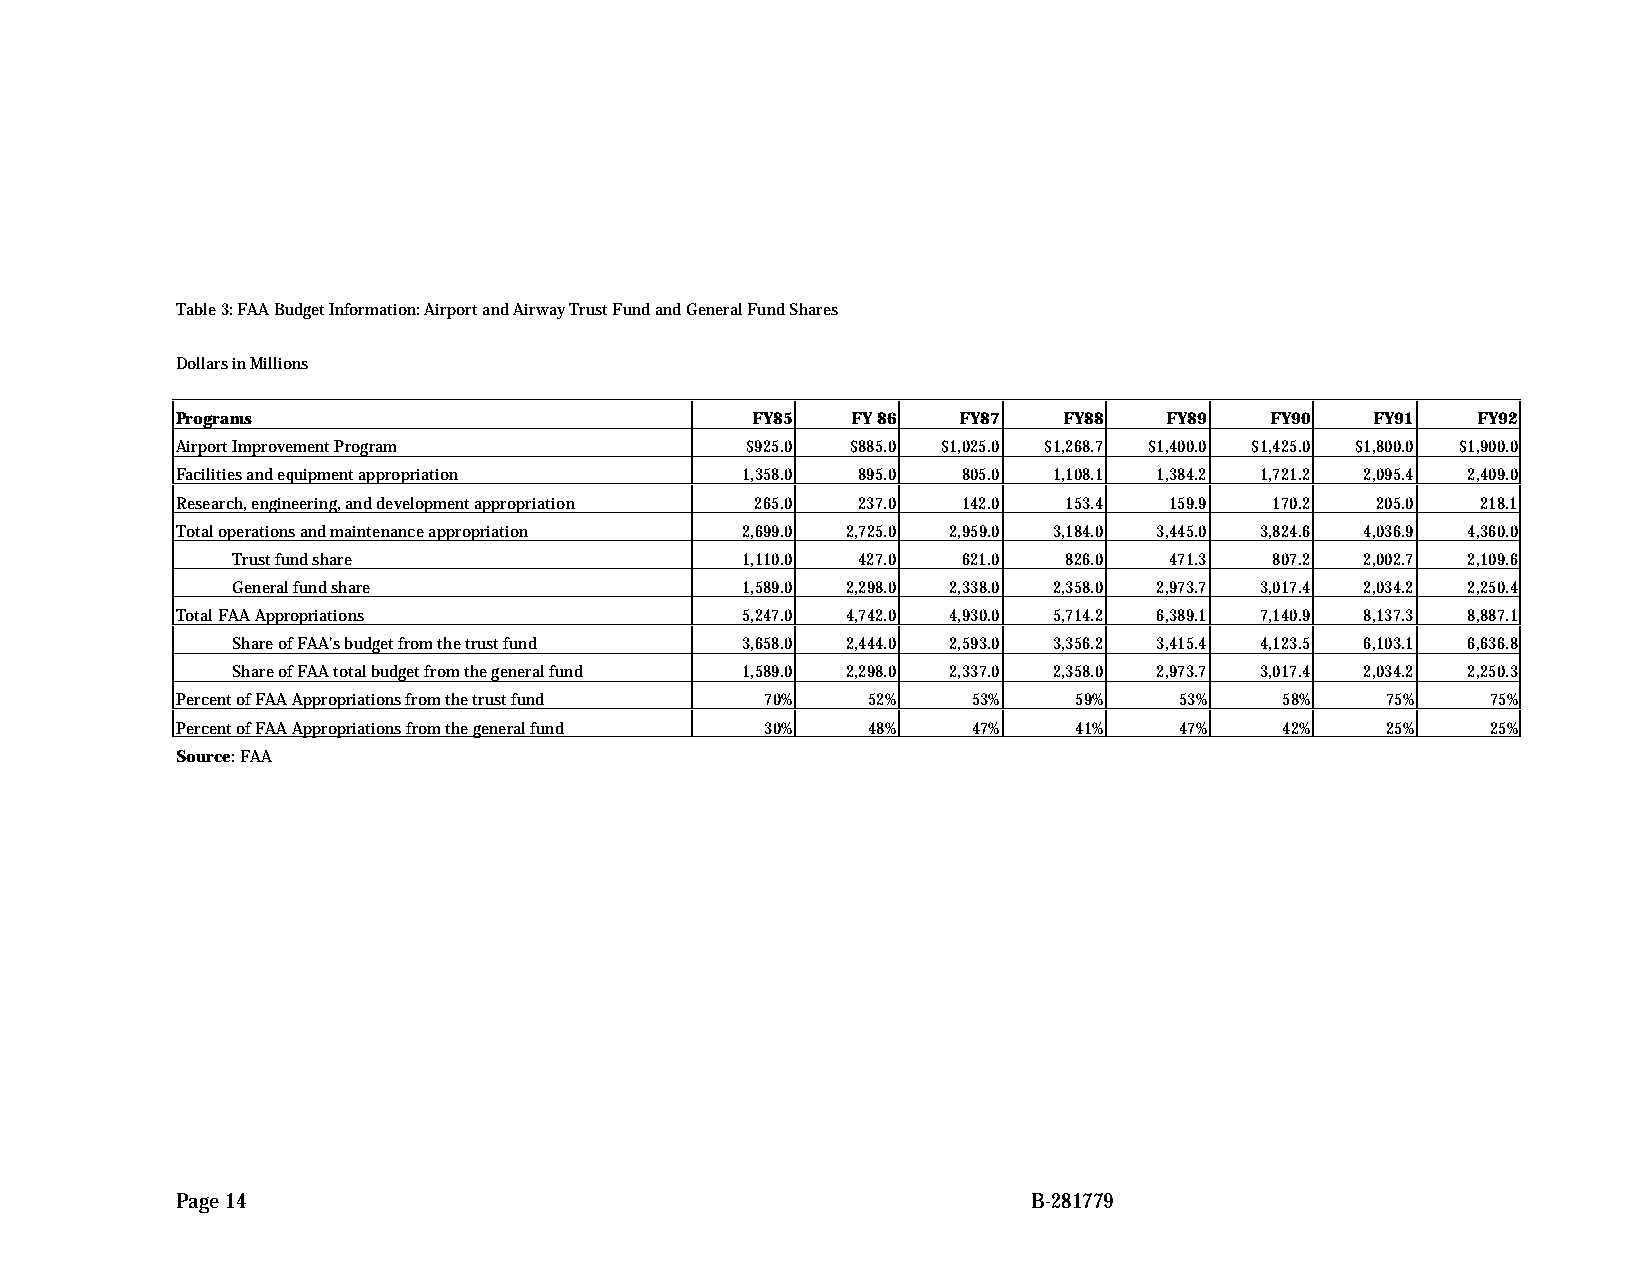
Table 3: FAA Budget Information: Airport and Airway Trust Fund and General Fund Shares
 Dollars in Millions
 Programs                              FY85  FY 86  FY87   FY88   FY89   FY90   FY91   FY92
 Airport Improvement Program          $925.0 $885.0 $1,025.0 $1,268.7 $1,400.0 $1,425.0 $1,800.0 $1,900.0
 Facilities and equipment appropriation 1,358.0 895.0 805.0 1,108.1 1,384.2 1,721.2 2,095.4 2,409.0
 Research, engineering, and development appropriation 265.0 237.0 142.0 153.4 159.9 170.2 205.0 218.1
 Total operations and maintenance appropriation 2,699.0 2,725.0 2,959.0 3,184.0 3,445.0 3,824.6 4,036.9 4,360.0
 Trust fund share                  1,110.0 427.0  621.0 826.0  471.3  807.2 2,002.7 2,109.6
 General fund share                1,589.0 2,298.0 2,338.0 2,358.0 2,973.7 3,017.4 2,034.2 2,250.4
 Total FAA Appropriations             5,247.0 4,742.0 4,930.0 5,714.2 6,389.1 7,140.9 8,137.3 8,887.1
 Share of FAA's budget from the trust fund 3,658.0 2,444.0 2,593.0 3,356.2 3,415.4 4,123.5 6,103.1 6,636.8
 Share of FAA total budget from the general fund 1,589.0 2,298.0 2,337.0 2,358.0 2,973.7 3,017.4 2,034.2 2,250.3
 Percent of FAA Appropriations from the trust fund 70% 52% 53% 59% 53%    58%    75%    75%
 Percent of FAA Appropriations from the general fund 30% 48% 47% 41% 47%  42%    25%    25%
 Source: FAA
 Page 14                                                 B-281779